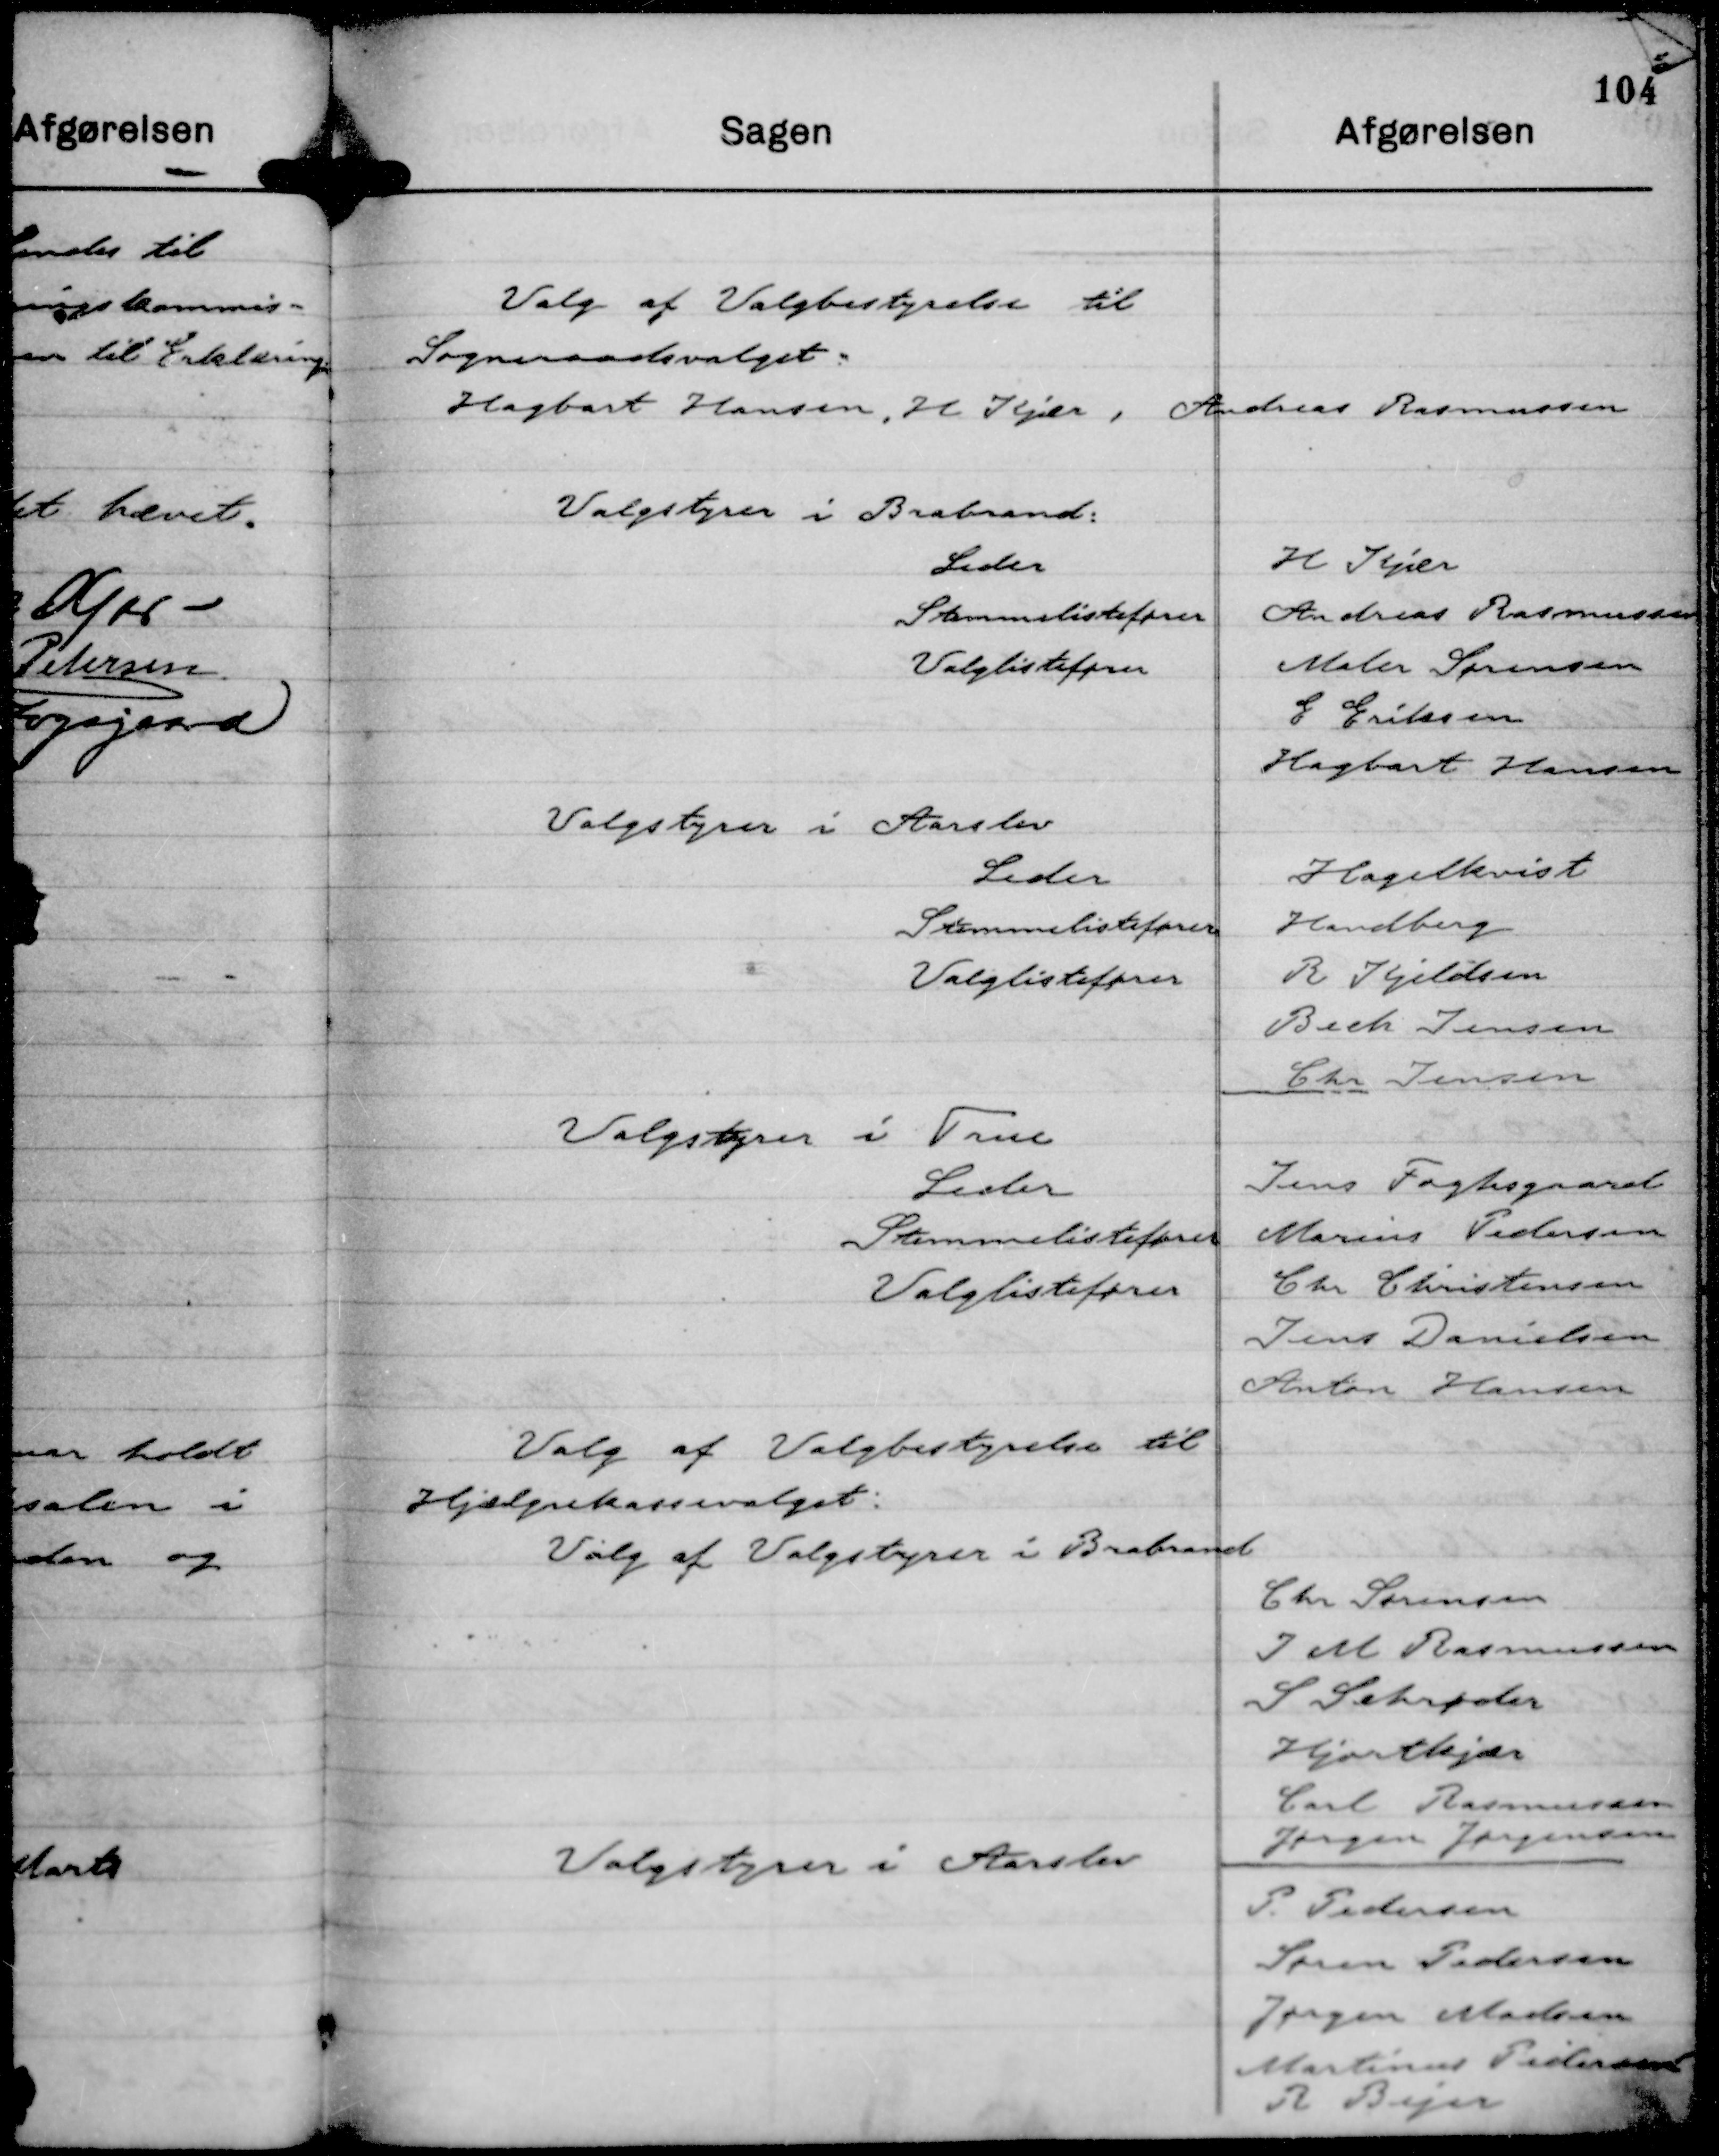
Transskription:
Valg af Valgbestyrelse til
Sogneraadsvalget:
Hagbart Hansen, H Kjær, Andreas Rasmussen

Valg af Valgbestyrelse til
Hjælpekassevalget:
Valg af Valgstyrer i Brabrand

Valgstyrer i Aarslev

Chr Sørensen
J M Rasmussen
S Schrøder
Hjortkjær
Carl Rasmussen
Jørgen Jørgensen

P. Pedersen
Søren Pedersen
Jørgen Madsen
Martinus Pedersen
R Bejer